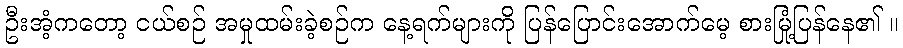
ဦးအံ့ကတော့ ငယ်စဉ် အမှုထမ်းခဲ့စဉ်က နေ့ရက်များကို ပြန်ပြောင်းအောက်မေ့ စားမြုံ့ပြန်နေ၏ ။